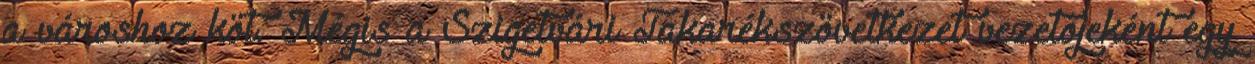
a városhoz köt. Mégis a Szigetvári Takarékszövetkezet vezetôjeként egy